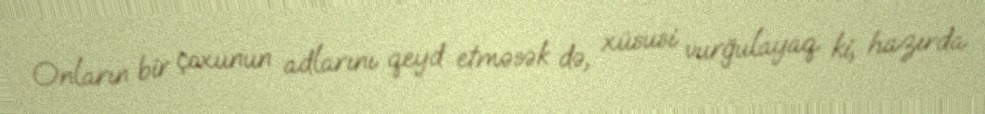
Onların bir çoxunun adlarını qeyd etməsək də, xüsusi vurğulayaq ki, hazırda